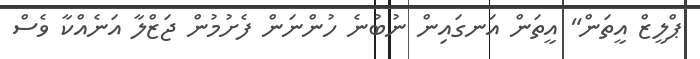
ޕްލީޒް އީތަން" އީތަން އަނގައިން ނުބުނެ ހުންނަން ފެށުމުން ޖަޒްލާ އަނެއްކާ ވެސް